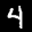
Label: 4